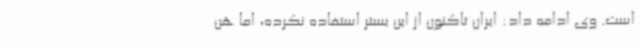
است. وی ادامه داد: ایران تاکنون از این بستر استفاده نکرده، اما هن